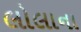
લોલાના